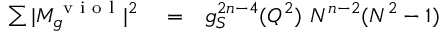
\begin{array} { r l r } { \sum \vert M _ { g } ^ { \mathrm { ~ v ~ i ~ o ~ l ~ } } \vert ^ { 2 } } & { { } = } & { g _ { S } ^ { 2 n - 4 } ( Q ^ { 2 } ) ~ N ^ { n - 2 } ( N ^ { 2 } - 1 ) } \end{array}